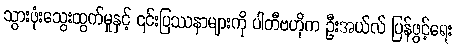
သွားဖုံးသွေးထွက်မှုနှင့် ၎င်းပြဿနာများကို ပါတီဗဟိုက ဦးအယ်လ် ပြန်ဖွင့်ရေး